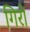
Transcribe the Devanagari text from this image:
गिरों